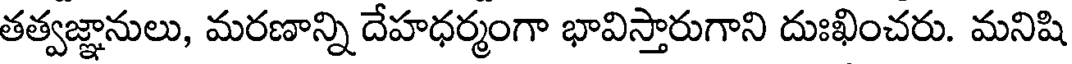
తత్వజ్ఞానులు, మరణాన్ని దేహధర్మంగా భావిస్తారుగాని దుఃఖించరు. మనిషి